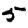
Digit: 5